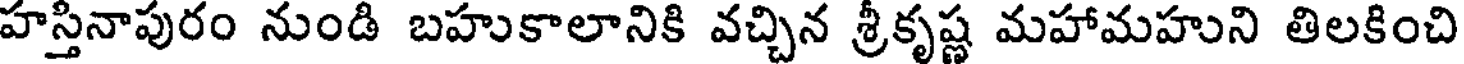
హస్తినాపురం నుండి బహుకాలానికి వచ్చిన శ్రీకృష్ణ మహామహుని తిలకించి